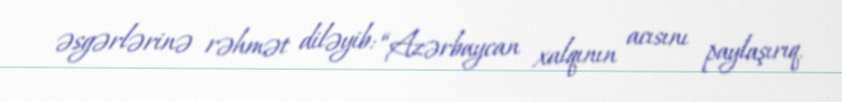
əsgərlərinə rəhmət diləyib: “Azərbaycan xalqının acısını paylaşırıq.